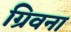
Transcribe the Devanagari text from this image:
ग्रिवना